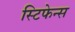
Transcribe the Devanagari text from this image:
स्टिफेन्स